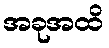
အခုအထိ